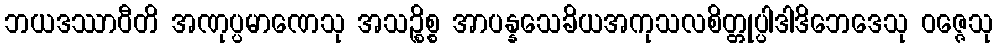
ဘယဒဿာဝီတိ အဏုပ္ပမာဏေသု အသဉ္စိစ္စ အာပန္နသေခိယအကုသလစိတ္တုပ္ပါဒါဒိဘေဒေသု ဝဇ္ဇေသု